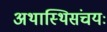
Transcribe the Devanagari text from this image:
अथास्थिसंचयः